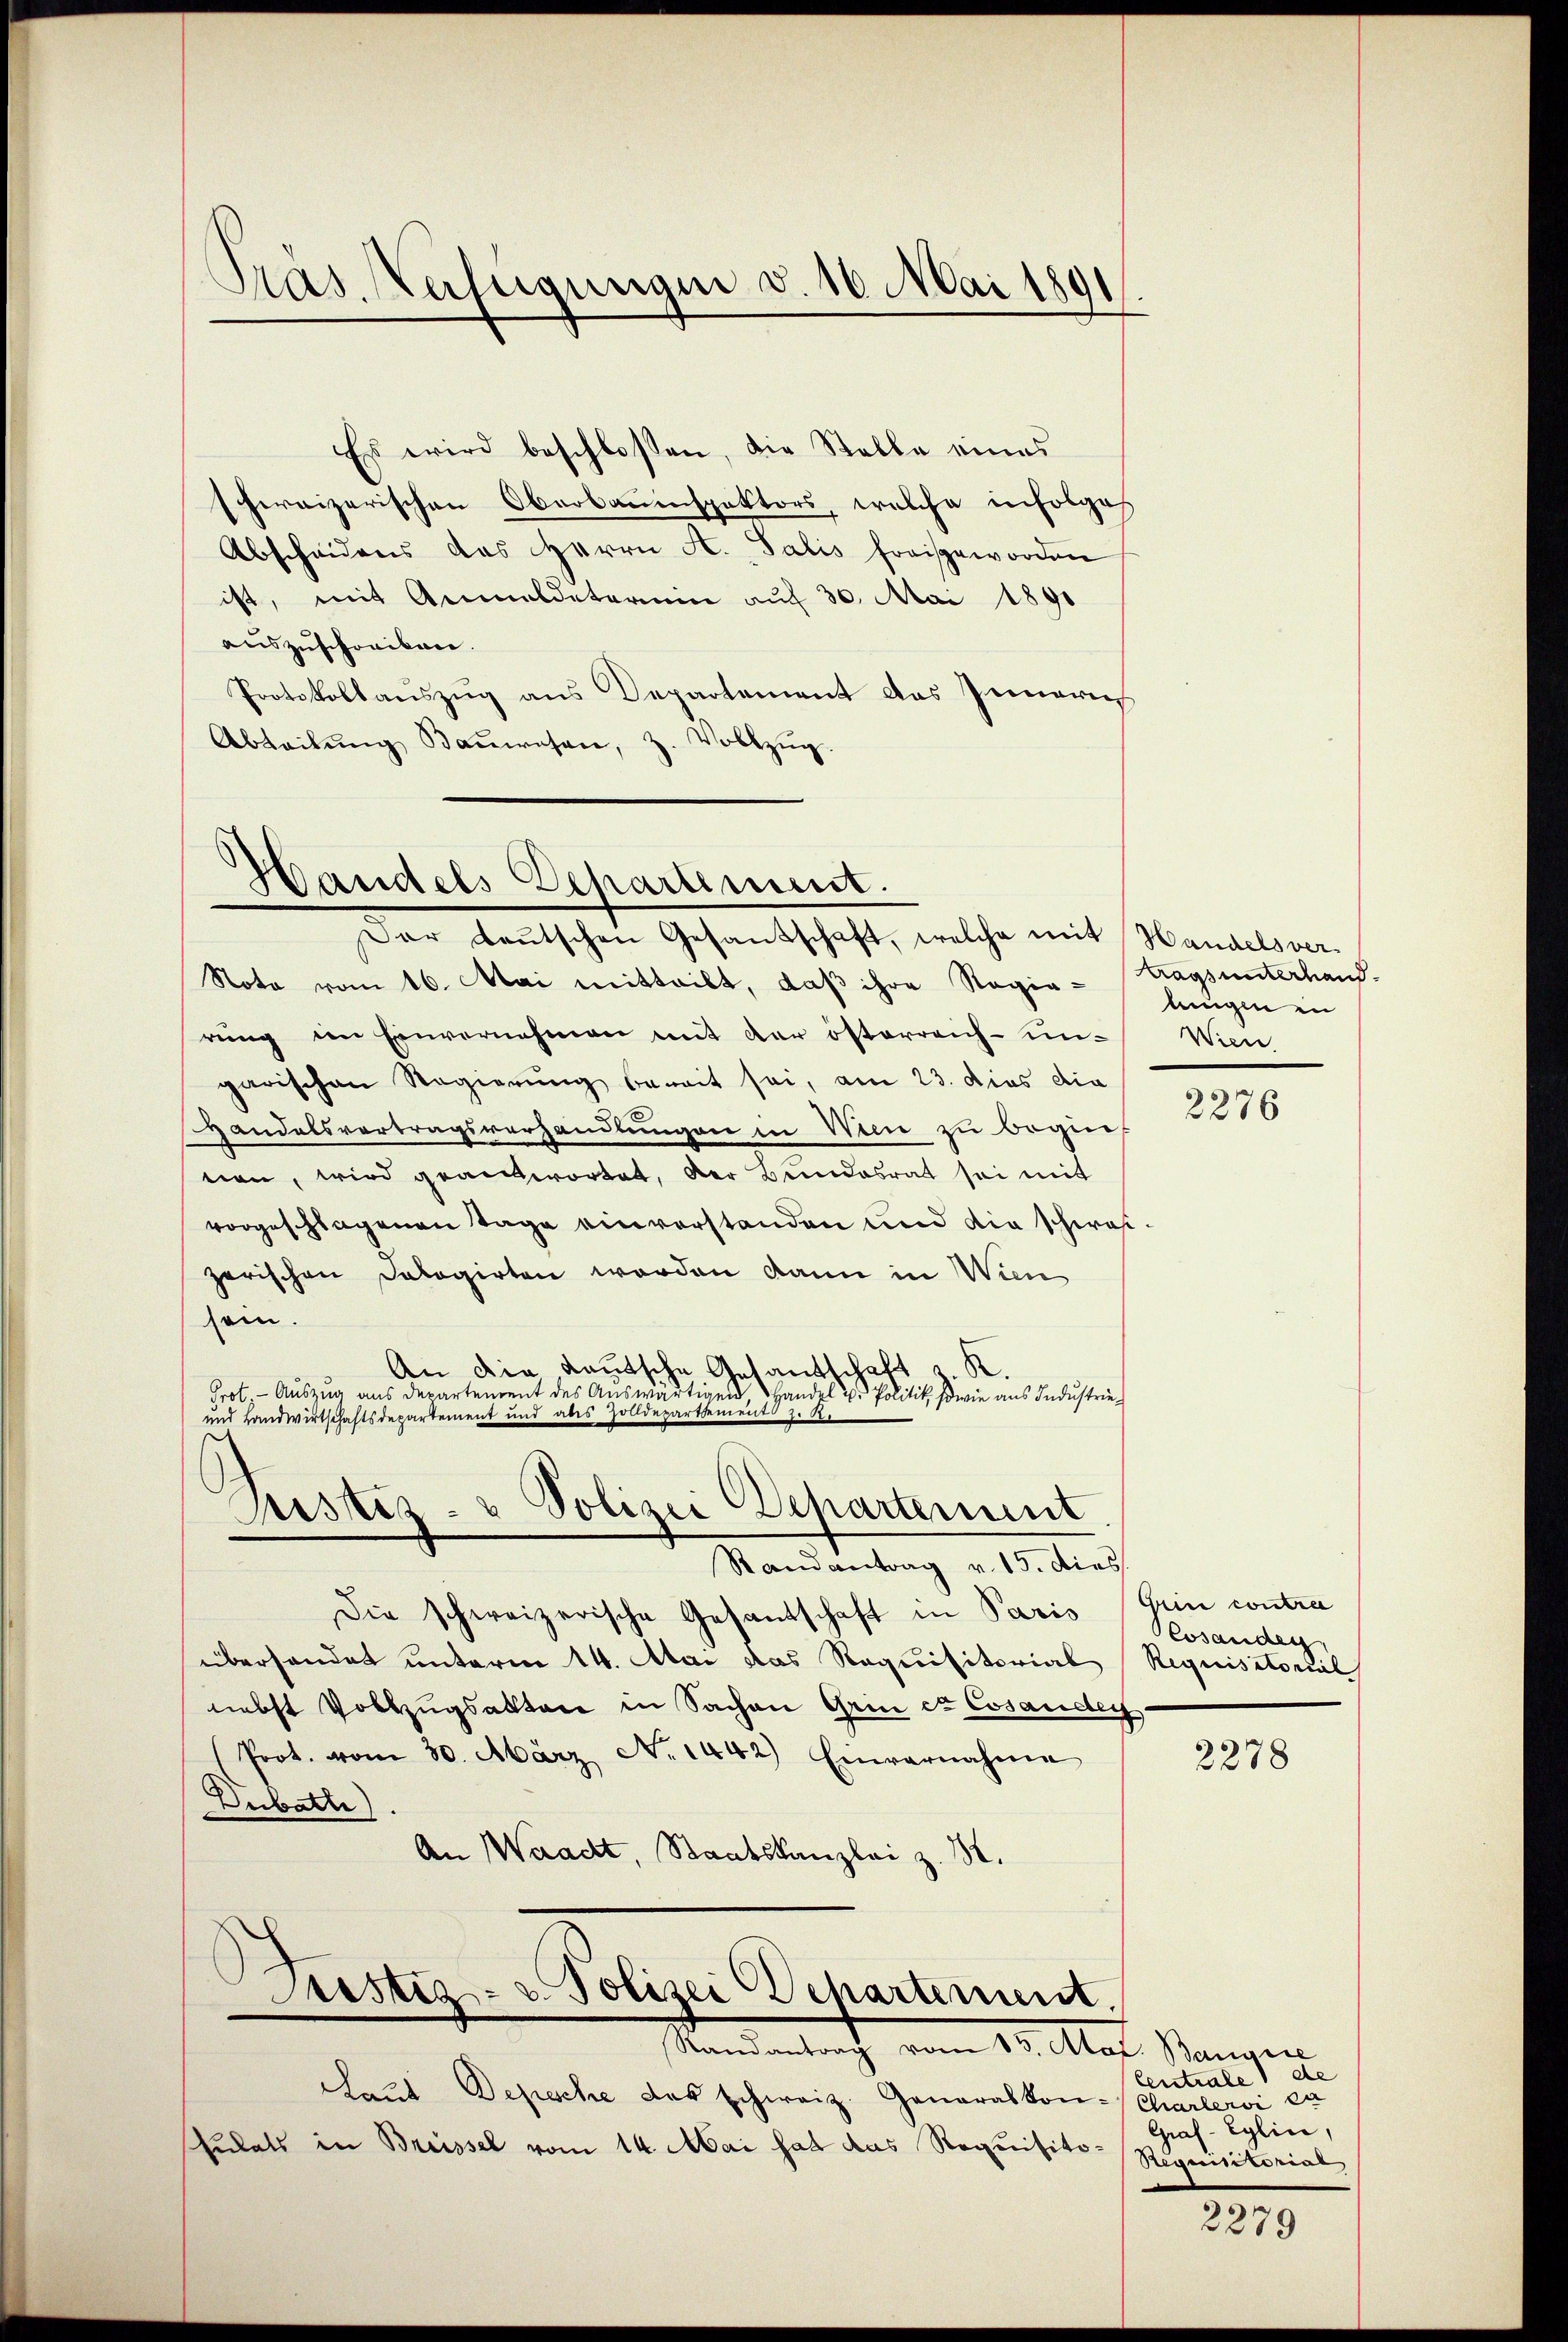
Präs. Rusugungen v. 16 Mai 1891

Es wird beschlossen, die Stelle eines
schereizerischen Oberbauenspektors, welche infolges
Abscheidens das Herrn A. Salis fraisgeworden
ist, mit Anmeldeterium auf 30. Mai 1890
auszuschreiben.
Protokollauszug aus Departement das Innern
Abteilŭng Baŭwesen, z. Vollzŭg.

Note vom 16. Mai mitteilt, daß ihre Regia-
rung im Einvernehmen mit der österreich-un-Wien
garischen Regierung bereit sei, am 23. dies die
Handelsvertragsverhandlungen in Wien zu begin-
nen, wird geantwortet, der Bundesrat sei mit
vorgeschlagenen Tage einverstanden und die schwazerischen Dalogirten worden kann in Wien
sein.
An die Kautsche Gesantschaft K
Grot. - Auszug aus Departement des Auswärtigen Handel u. Politik sowie aus Industrie¬
und Landwirtschaftsdepartement und aber Zolldepartement

Die schweizerische Gesantschaft in Paris Grin contra
überhandet unterm 14. Mai das Requisitorial
nebst Vollzugsakten in Sachen Grin et Cosardey
(Prot. vom 30. März No. 1442) Einvernahme
Dubatte)
An Waadt, Staatskanzlei z. B.

Handels Departement.
Der Leŭtschen Gesandschaft, welche mit Handelsver¬

Justiz- u Polizei Departement
Randantrag v. 15. dies

Justiz- u. Polizei Departement.
Randantrag vom 15. Atat. Bausire

chaut Depesche das schweiz. Generalkon-Charlervi ca
sulats in Breissel vom 14. Mai hat das Requisito¬

tags unterhandlungen in

2276

essanden
Requisitorial

2278

Centrale de
Gras - Eglin,
Requisitorial

2279